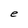
Character: e